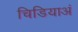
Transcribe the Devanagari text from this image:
चिडियाअं